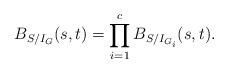
LaTeX: \begin{align*} B_{S/I_G}(s,t)=\prod\limits_{i=1}^{c}B_{S/I_{G_i}}(s,t). \end{align*}